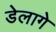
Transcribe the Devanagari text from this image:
डेलागे